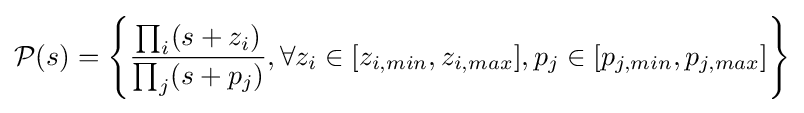
{\mathcal {P}}(s)=\left\lbrace {\dfrac {\prod _{i}(s+z_{i})}{\prod _{j}(s+p_{j})}},\forall z_{i}\in [z_{i,min},z_{i,max}],p_{j}\in [p_{j,min},p_{j,max}]\right\rbrace